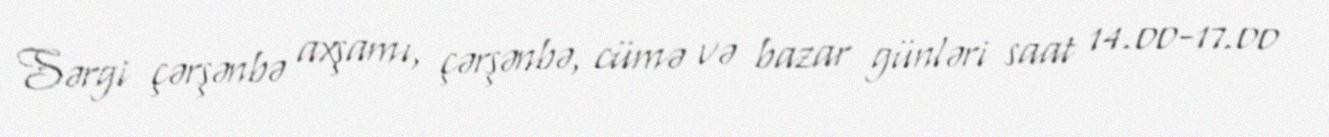
Sərgi çərşənbə axşamı, çərşənbə, cümə və bazar günləri saat 14.00-17.00